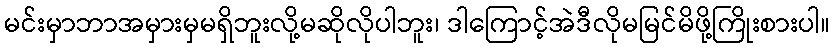
မင်းမှာဘာအမှားမှမရှိဘူးလို့မဆိုလိုပါဘူး၊ ဒါကြောင့်အဲဒီလိုမမြင်မိဖို့ကြိုးစားပါ။